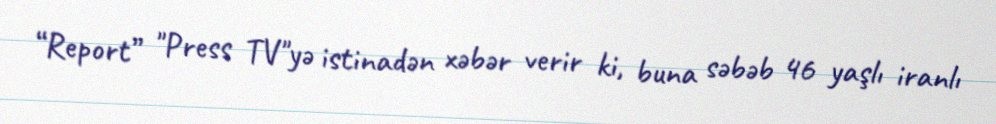
“Report” "Press TV"yə istinadən xəbər verir ki, buna səbəb 46 yaşlı iranlı